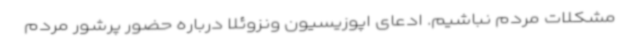
مشکلات مردم نباشیم. ادعای اپوزیسیون ونزوئلا درباره حضور پرشور مردم